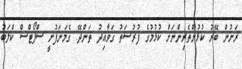
ރަށުން ބޭރު ކުޅުންތެރިންނަށް ކުޅުމުގެ ފުރުސަތު ގަވާއިދު ތަންދޭ: ގެމަނަފުށީ ސްޕޯޓްސް ކްލަބު